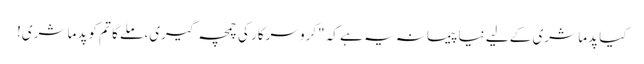
کیا پدما شری کے لیے نیا پیمانہ یہ ہے کہ "کرو سرکار کی چمچہ گیری، ملے گا تم کو پدما شری!